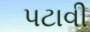
પટાવી